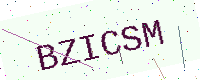
Text: BZICSM